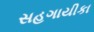
સહગાયીકા